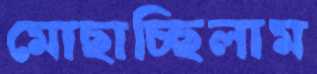
মোছাচ্ছিলাম